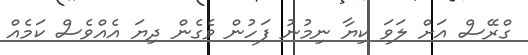
ގްރޭސް އަށް ލަވަ ކިޔާ ނިމުނު ފަހުން ވެގެން ދިޔަ އެއްވެސް ކަމެއް